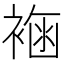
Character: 𧛳